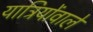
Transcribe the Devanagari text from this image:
यात्रियोंवाले